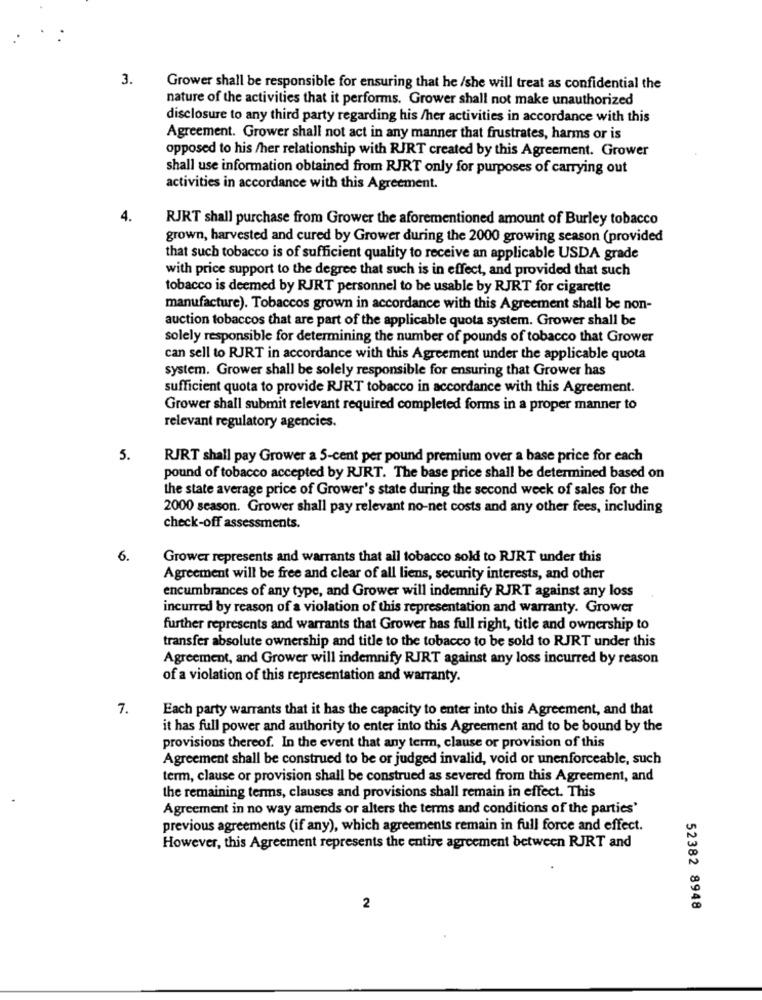
3.
Grower shall be responsible for ensuring that he /she will treat as confidential the
nature of the activities that it performs. Grower shall not make unauthorized
disclosure to any third party regarding his /her activities in accordance with this
Agreement. Grower shall not act in any manner that frustrates, harms or is
opposed to his /her relationship with RJRT created by this Agreement. Grower
shall use information obtained from RJRT only for purposes of carrying out
activities in accordance with this Agreement.
4.
RJRT shall purchase from Grower the aforementioned amount of Burley tobacco
grown, harvested and cured by Grower during the 2000 growing season (provided
that such tobacco is of sufficient quality to receive an applicable USDA grade
with price support to the degree that such is in effect, and provided that such
tobacco is deemed by RJRT personnel to be usable by RJRT for cigarette
manufacture). Tobaccos grown in accordance with this Agreement shall be non-
auction tobaccos that are part of the applicable quota system. Grower shall be
solely responsible for determining the number of pounds of tobacco that Grower
can sell to RJRT in accordance with this Agreement under the applicable quota
system. Grower shall be solely responsible for ensuring that Grower has
sufficient quota to provide RJRT tobacco in accordance with this Agreement.
Grower shall submit relevant required completed forms in a proper manner to
relevant regulatory agencies.
5.
RJRT shall pay Grower a 5-cent per pound premium over a base price for each
pound of tobacco accepted by RJRT. The base price shall be determined based on
the state average price of Grower's state during the second week of sales for the
2000 season. Grower shall pay relevant no-net costs and any other fees, including
check-off assessments.
6.
Grower represents and warrants that all tobacco sold to RJRT under this
Agreement will be free and clear of all liens, security interests, and other
encumbrances of any type, and Grower will indemnify RJRT against any loss
incurred by reason of a violation of this representation and warranty. Grower
further represents and warrants that Grower has full right, title and ownership to
transfer absolute ownership and title to the tobacco to be sold to RJRT under this
Agreement, and Grower will indemnify RJRT against any loss incurred by reason
of a violation of this representation and warranty.
7.
Each party warrants that it has the capacity to enter into this Agreement, and that
it has full power and authority to enter into this Agreement and to be bound by the
provisions thereof. In the event that any term, clause or provision of this
Agreement shall be construed to be or judged invalid, void or unenforceable, such
term, clause or provision shall be construed as severed from this Agreement, and
the remaining terms, clauses and provisions shall remain in effect. This
Agreement in no way amends or alters the terms and conditions of the parties'
previous agreements (if any), which agreements remain in full force and effect.
However, this Agreement represents the entire agreement between RJRT and
2
52382 8948